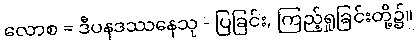
လောစ = ဒီပနဒဿနေသု - ပြခြင်း, ကြည့်ရှုခြင်းတို့၌။